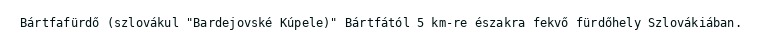
Bártfafürdő (szlovákul "Bardejovské Kúpele)" Bártfától 5 km-re északra fekvő fürdőhely Szlovákiában.